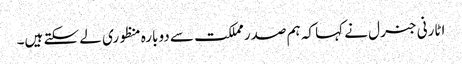
اٹارنی جنرل نے کہا کہ ہم صدر مملکت سے دوبارہ منظوری لے سکتے ہیں۔